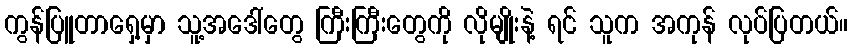
ကွန်ပြူတာရှေ့မှာ သူ့အဒေါ်တွေ ကြီးကြီးတွေကို လိုမျိုးနဲ့ ရင် သူက အကုန် လုပ်ပြတယ်။